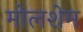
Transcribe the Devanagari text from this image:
मोलशेम